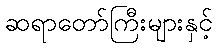
ဆရာတော်ကြီးများနှင့်